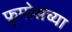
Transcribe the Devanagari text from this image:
फ्रुमोसच्या